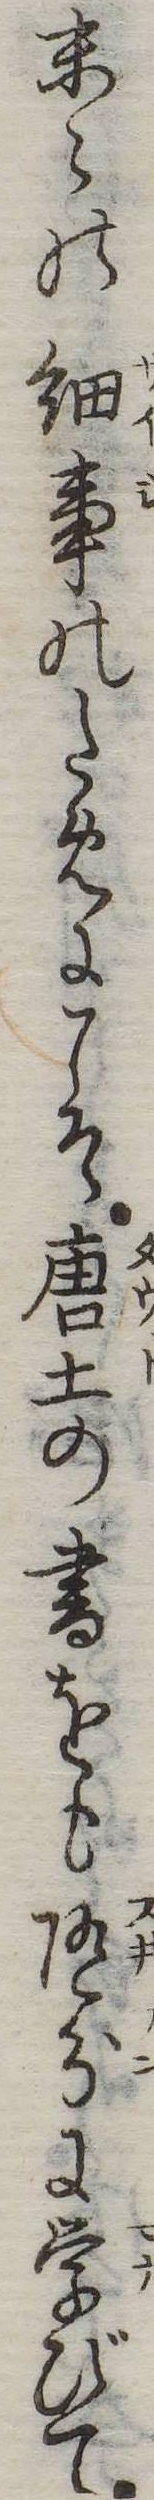
末の細事のためにこそ唐土の書をも随分に学びて